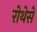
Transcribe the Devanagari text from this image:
रोथेसे